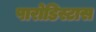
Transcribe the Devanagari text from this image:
पारोडिस्टास